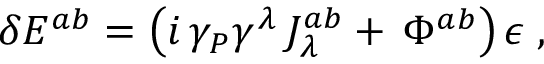
\delta E ^ { a b } = \left( i \, \gamma _ { P } \gamma ^ { \lambda } \, J _ { \lambda } ^ { a b } + \, \Phi ^ { a b } \right) \epsilon \; ,